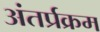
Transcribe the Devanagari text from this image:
अंतर्प्रक्रम